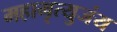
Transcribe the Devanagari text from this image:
महामृत्युजंय